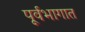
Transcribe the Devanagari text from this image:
पूर्वभागात